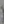
(